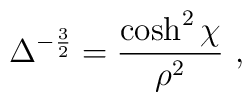
\Delta^{-{3 \over 2}} = {\cosh^2 \chi \over \rho^2}  \ ,